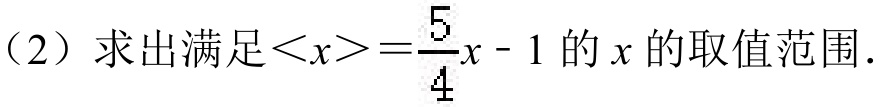
（2）求出满足\(\langle x\rangle=\frac{5}{4}x - 1\)的\(x\)的取值范围.